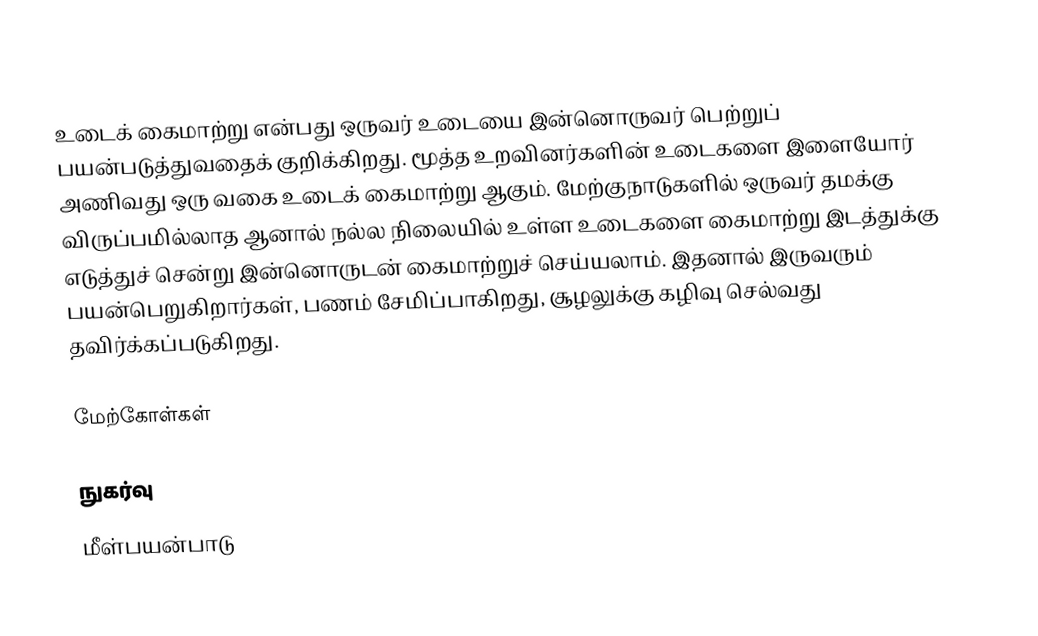
உடைக் கைமாற்று என்பது ஒருவர் உடையை இன்னொருவர் பெற்றுப் பயன்படுத்துவதைக் குறிக்கிறது.  மூத்த உறவினர்களின் உடைகளை இளையோர் அணிவது ஒரு வகை உடைக் கைமாற்று ஆகும்.  மேற்குநாடுகளில் ஒருவர் தமக்கு விருப்பமில்லாத ஆனால் நல்ல நிலையில் உள்ள உடைகளை கைமாற்று இடத்துக்கு எடுத்துச் சென்று இன்னொருடன் கைமாற்றுச் செய்யலாம்.  இதனால் இருவரும் பயன்பெறுகிறார்கள், பணம் சேமிப்பாகிறது, சூழலுக்கு கழிவு செல்வது தவிர்க்கப்படுகிறது.

மேற்கோள்கள்

நுகர்வு
மீள்பயன்பாடு